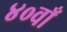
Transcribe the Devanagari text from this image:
४०वाँ